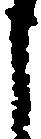
う